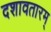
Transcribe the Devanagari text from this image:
दशावतारम्‌